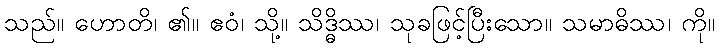
သည်။ ဟောတိ၊ ၏။ ဧဝံ၊ သို့။ သိဒ္ဓိဿ၊ သုခဖြင့်ပြီးသော။ သမာဓိဿ၊ ကို။